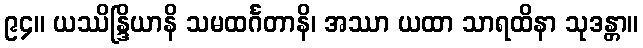
၉၄။ ယဿိန္ဒြိယာနိ သမထင်္ဂတာနိ၊ အဿာ ယထာ သာရထိနာ သုဒန္တာ။